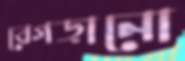
বেগড়ানো